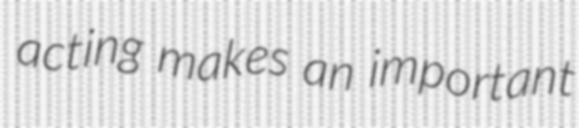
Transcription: acting makes an important